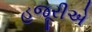
હજૂરીએ